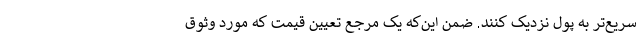
سریع‌تر به پول نزدیک کنند. ضمن این‌که یک مرجع تعیین قیمت که مورد وثوق